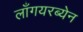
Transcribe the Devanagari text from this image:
लाँगयरब्येन